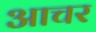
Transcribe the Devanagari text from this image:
आचर